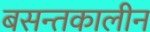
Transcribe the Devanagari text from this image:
बसन्तकालीन